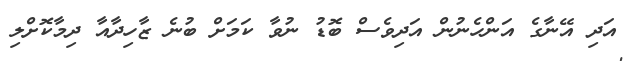
އަދި އޭނާގެ އަންހެނުން އަދިވެސް ބޮޑު ނުވާ ކަމަށް ބުނެ ޒާހިދާއާ ދިމާކޮށްލި